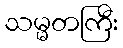
သမ္မတကြီး